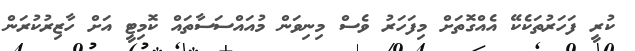
ކުރީ ފަހަރުތަކެކޭ އެއްގޮތަށް މިފަހަރު ވެސް މިނިވަން މުއައްސަސާތައް ކޮމިޓީ އަށް ހާޒިރުކުރަން